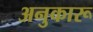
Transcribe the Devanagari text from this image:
अनुकारू